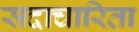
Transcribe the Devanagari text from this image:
सदाचारिता